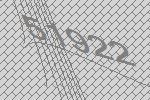
51922